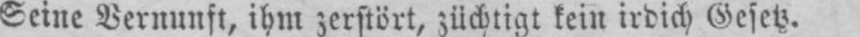
Seine Vernunft, ihm zerstört, züchtigt kein irdich Gesetz.